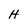
Character: H